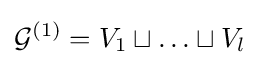
{\mathcal {G}}^{(1)}=V_{1}\sqcup \ldots \sqcup V_{l}